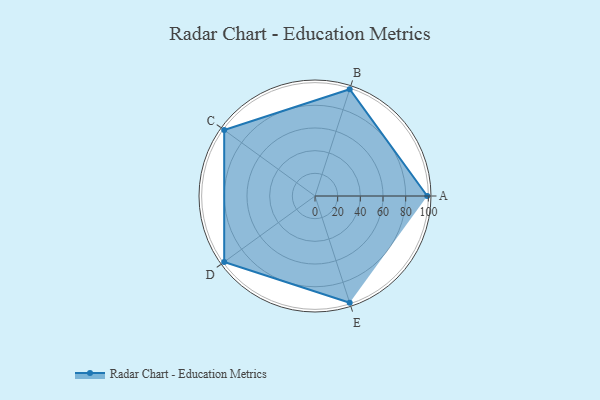
{"axis": {"x": "Skill", "y": "Score"}, "legend": ["Profile"], "data": [{"x": "A", "y": 99, "type": "Profile"}, {"x": "B", "y": 99, "type": "Profile"}, {"x": "C", "y": 99, "type": "Profile"}, {"x": "D", "y": 99, "type": "Profile"}, {"x": "E", "y": 99, "type": "Profile"}]}